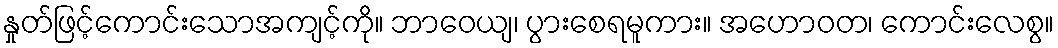
နှုတ်ဖြင့်ကောင်းသောအကျင့်ကို။ ဘာဝေယျ၊ ပွားစေရမူကား။ အဟောဝတ၊ ကောင်းလေစွ။